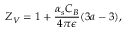
Z _ { V } = 1 + \frac { \alpha _ { s } C _ { B } } { 4 \pi \epsilon } ( 3 a - 3 ) ,